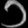
Digit: ၁